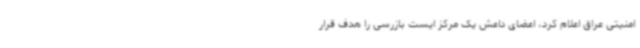
امنیتی عراق اعلام کرد، اعضای داعش یک مرکز ایست بازرسی را هدف قرار